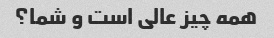
همه چیز عالی است و شما؟